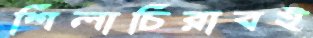
শিলাচিরাবই